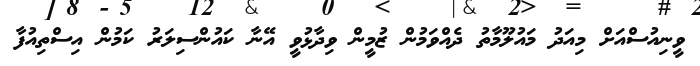
ވީނިއުސްއަށް މިއަދު މައުލޫމާތު ދެއްވަމުން ޒުމީން ވިދާޅުވީ އޭނާ ކައުންސިލަރު ކަމުން އިސްތިއުފާ